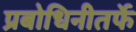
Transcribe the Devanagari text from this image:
प्रबोधिनीतर्फे